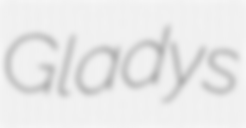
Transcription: Gladys